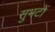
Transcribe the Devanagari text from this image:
सुभटों